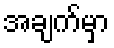
အချက်မှာ